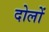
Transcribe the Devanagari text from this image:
दोलों